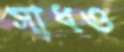
সাধও